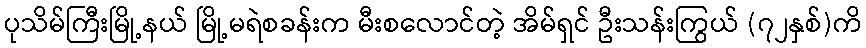
ပုသိမ်ကြီးမြို့နယ် မြို့မရဲစခန်းက မီးစလောင်တဲ့ အိမ်ရှင် ဦးသန်းကြွယ် (၇၂နှစ်)ကိ